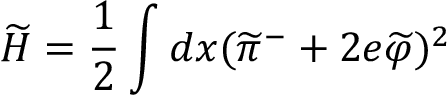
\widetilde H = \frac { 1 } { 2 } \int d x ( \widetilde \pi ^ { - } + 2 e \widetilde \varphi ) ^ { 2 }